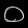
Digit: ၀